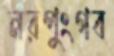
নরপুংগব